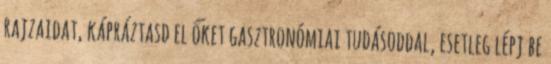
rajzaidat, kápráztasd el őket gasztronómiai tudásoddal, esetleg lépj be